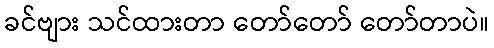
ခင်ဗျား သင်ထားတာ တော်တော် တော်တာပဲ။